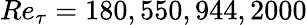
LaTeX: Re_{\tau}=180,550,944,2000